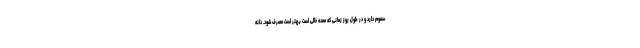
سموم دارد و در طول روز زمانی که معده خالی است بهتر است مصرف شود. دانه